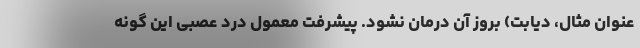
عنوان مثال، دیابت) بروز آن درمان نشود. پیشرفت معمول درد عصبی این گونه